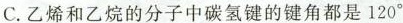
C. 乙烯和乙烷的分子中碳氢键的键角都是120°